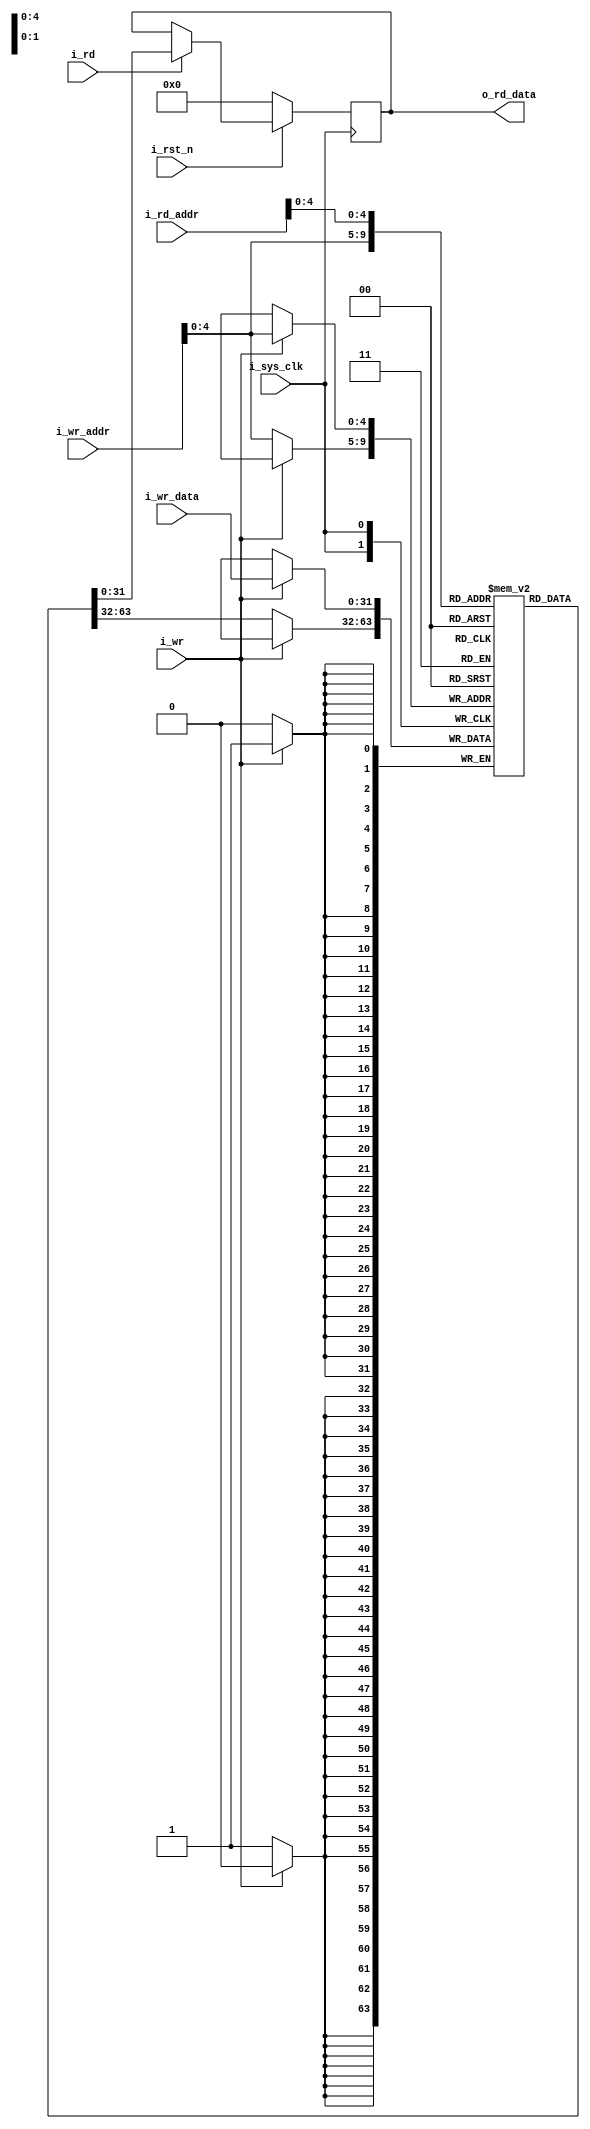
module ram_top # (
     parameter DEPTH = 32
    ,parameter WIDTH = 32
) (
     input              i_sys_clk
    ,input              i_rst_n
    ,input              i_wr
    ,input  [DEPTH-1:0] i_wr_addr
    ,input  [WIDTH-1:0] i_wr_data
    ,input              i_rd
    ,input  [DEPTH-1:0] i_rd_addr
    ,output [WIDTH-1:0] o_rd_data
);

    reg [WIDTH-1:0] mem [DEPTH-1:0];
    reg [WIDTH-1:0] rd_data;
    
    always @ (posedge i_sys_clk) begin
        if (i_wr)
            mem[i_wr_addr] <= i_wr_data;
        else 
            mem[i_wr_addr] <= mem[i_wr_addr];
    end

    always @ (posedge i_sys_clk) begin 
        if (! i_rst_n)
            rd_data <= 0;
        else if (i_rd)
            rd_data <= mem[i_rd_addr];
        else 
            rd_data <= rd_data;
    end

    assign o_rd_data = rd_data;

endmodule